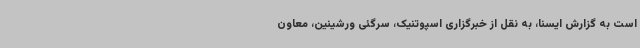
است به گزارش ایسنا، به نقل از خبرگزاری اسپوتنیک، سرگئی ورشینین، معاون